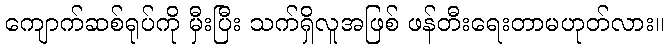
ကျောက်ဆစ်ရုပ်ကို မှီးပြီး သက်ရှိလူအဖြစ် ဖန်တီးရေးတာမဟုတ်လား။